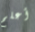
أعلم